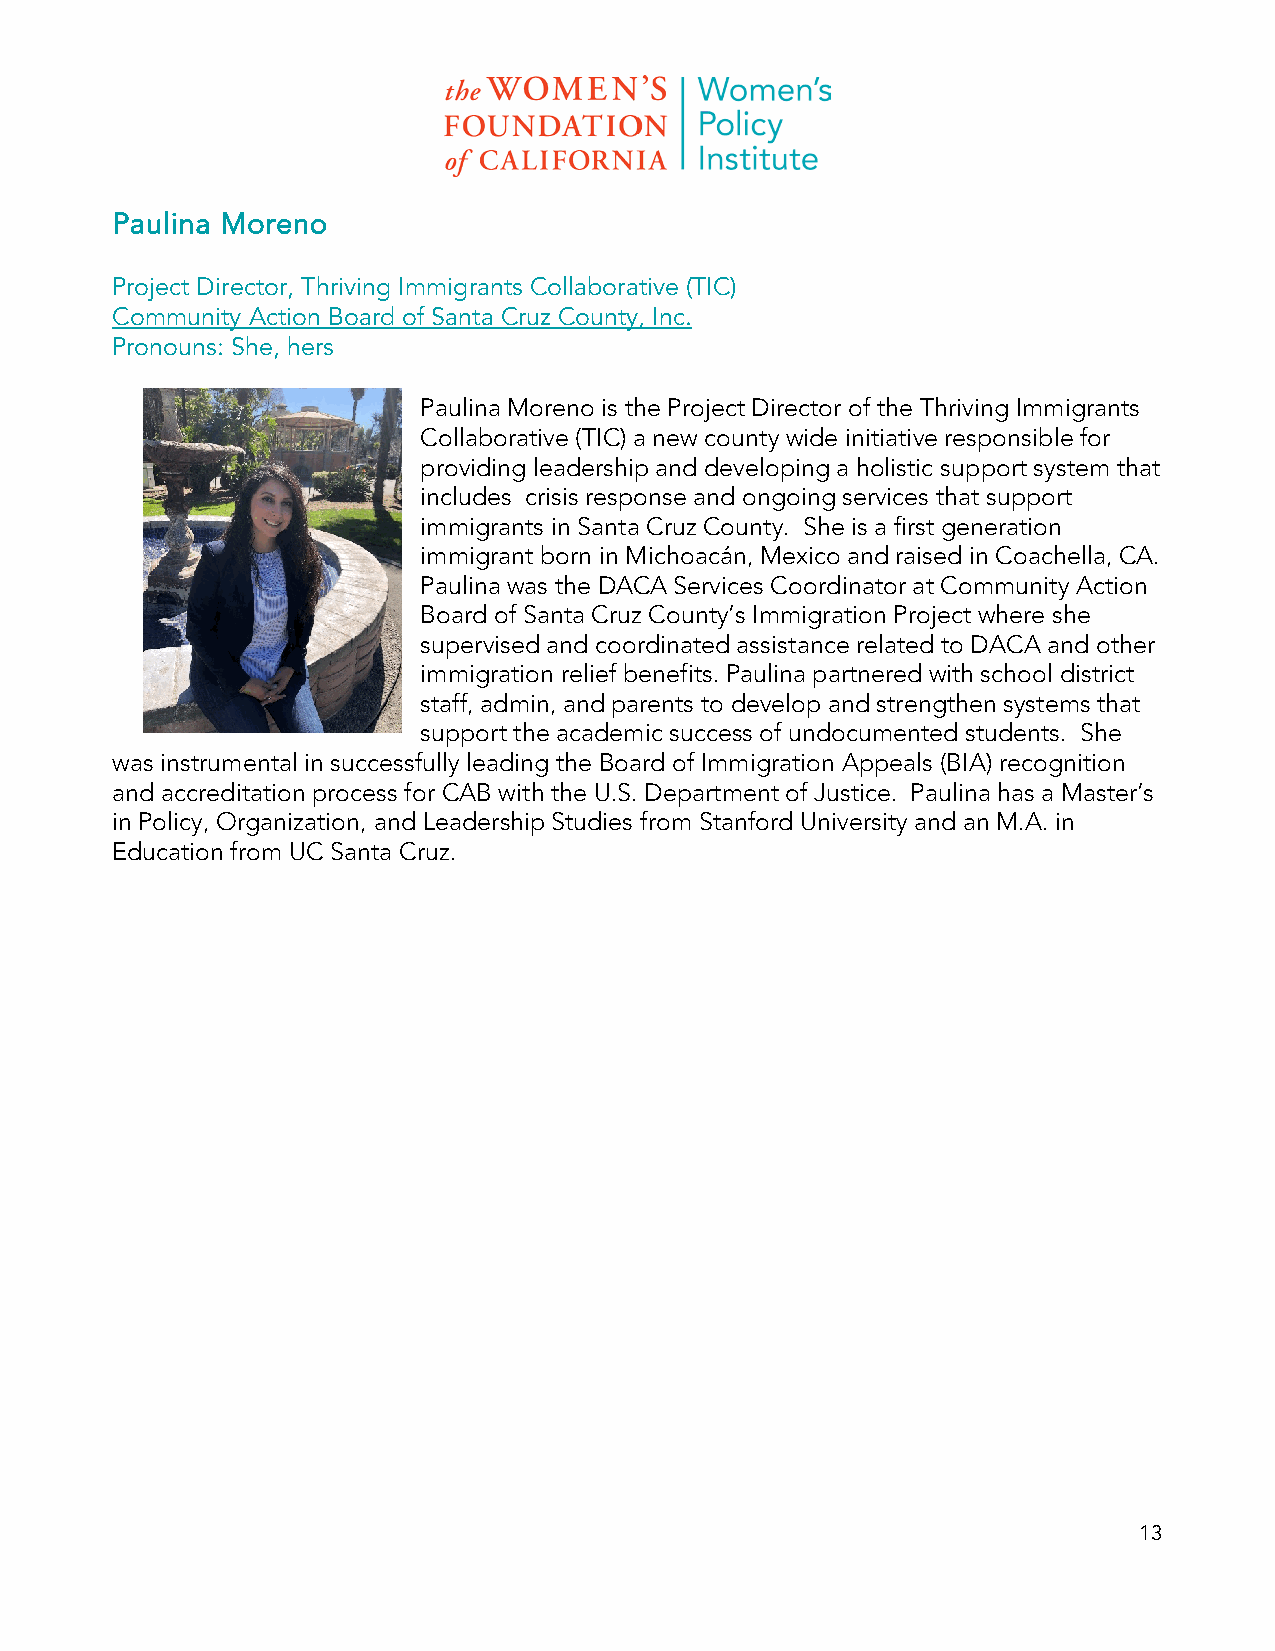
Paulina Moreno
 Project Director, Thriving Immigrants Collaborative (TIC)
 Community Action Board of Santa Cruz County, Inc.
 Pronouns: She, hers
 Paulina Moreno is the Project Director of the Thriving Immigrants
 Collaborative (TIC) a new county wide initiative responsible for
 providing leadership and developing a holistic support system that
 includes crisis response and ongoing services that support
 immigrants in Santa Cruz County. She is a first generation
 immigrant born in Michoacán, Mexico and raised in Coachella, CA.
 Paulina was the DACA Services Coordinator at Community Action
 Board of Santa Cruz County’s Immigration Project where she
 supervised and coordinated assistance related to DACA and other
 immigration relief benefits. Paulina partnered with school district
 staff, admin, and parents to develop and strengthen systems that
 support the academic success of undocumented students. She
 was instrumental in successfully leading the Board of Immigration Appeals (BIA) recognition
 and accreditation process for CAB with the U.S. Department of Justice. Paulina has a Master’s
 in Policy, Organization, and Leadership Studies from Stanford University and an M.A. in
 Education from UC Santa Cruz.
 13